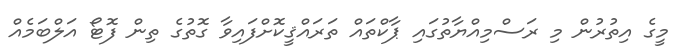
މީގެ އިތުރުން މި ރަސްމިއްޔާތުގައި ޕާކްތައް ތަރައްޤީކޮށްފައިވާ ގޮތުގެ ތިން ފޮޓޯ އަލްބަމެއް